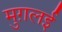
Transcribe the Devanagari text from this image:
मुग़लई